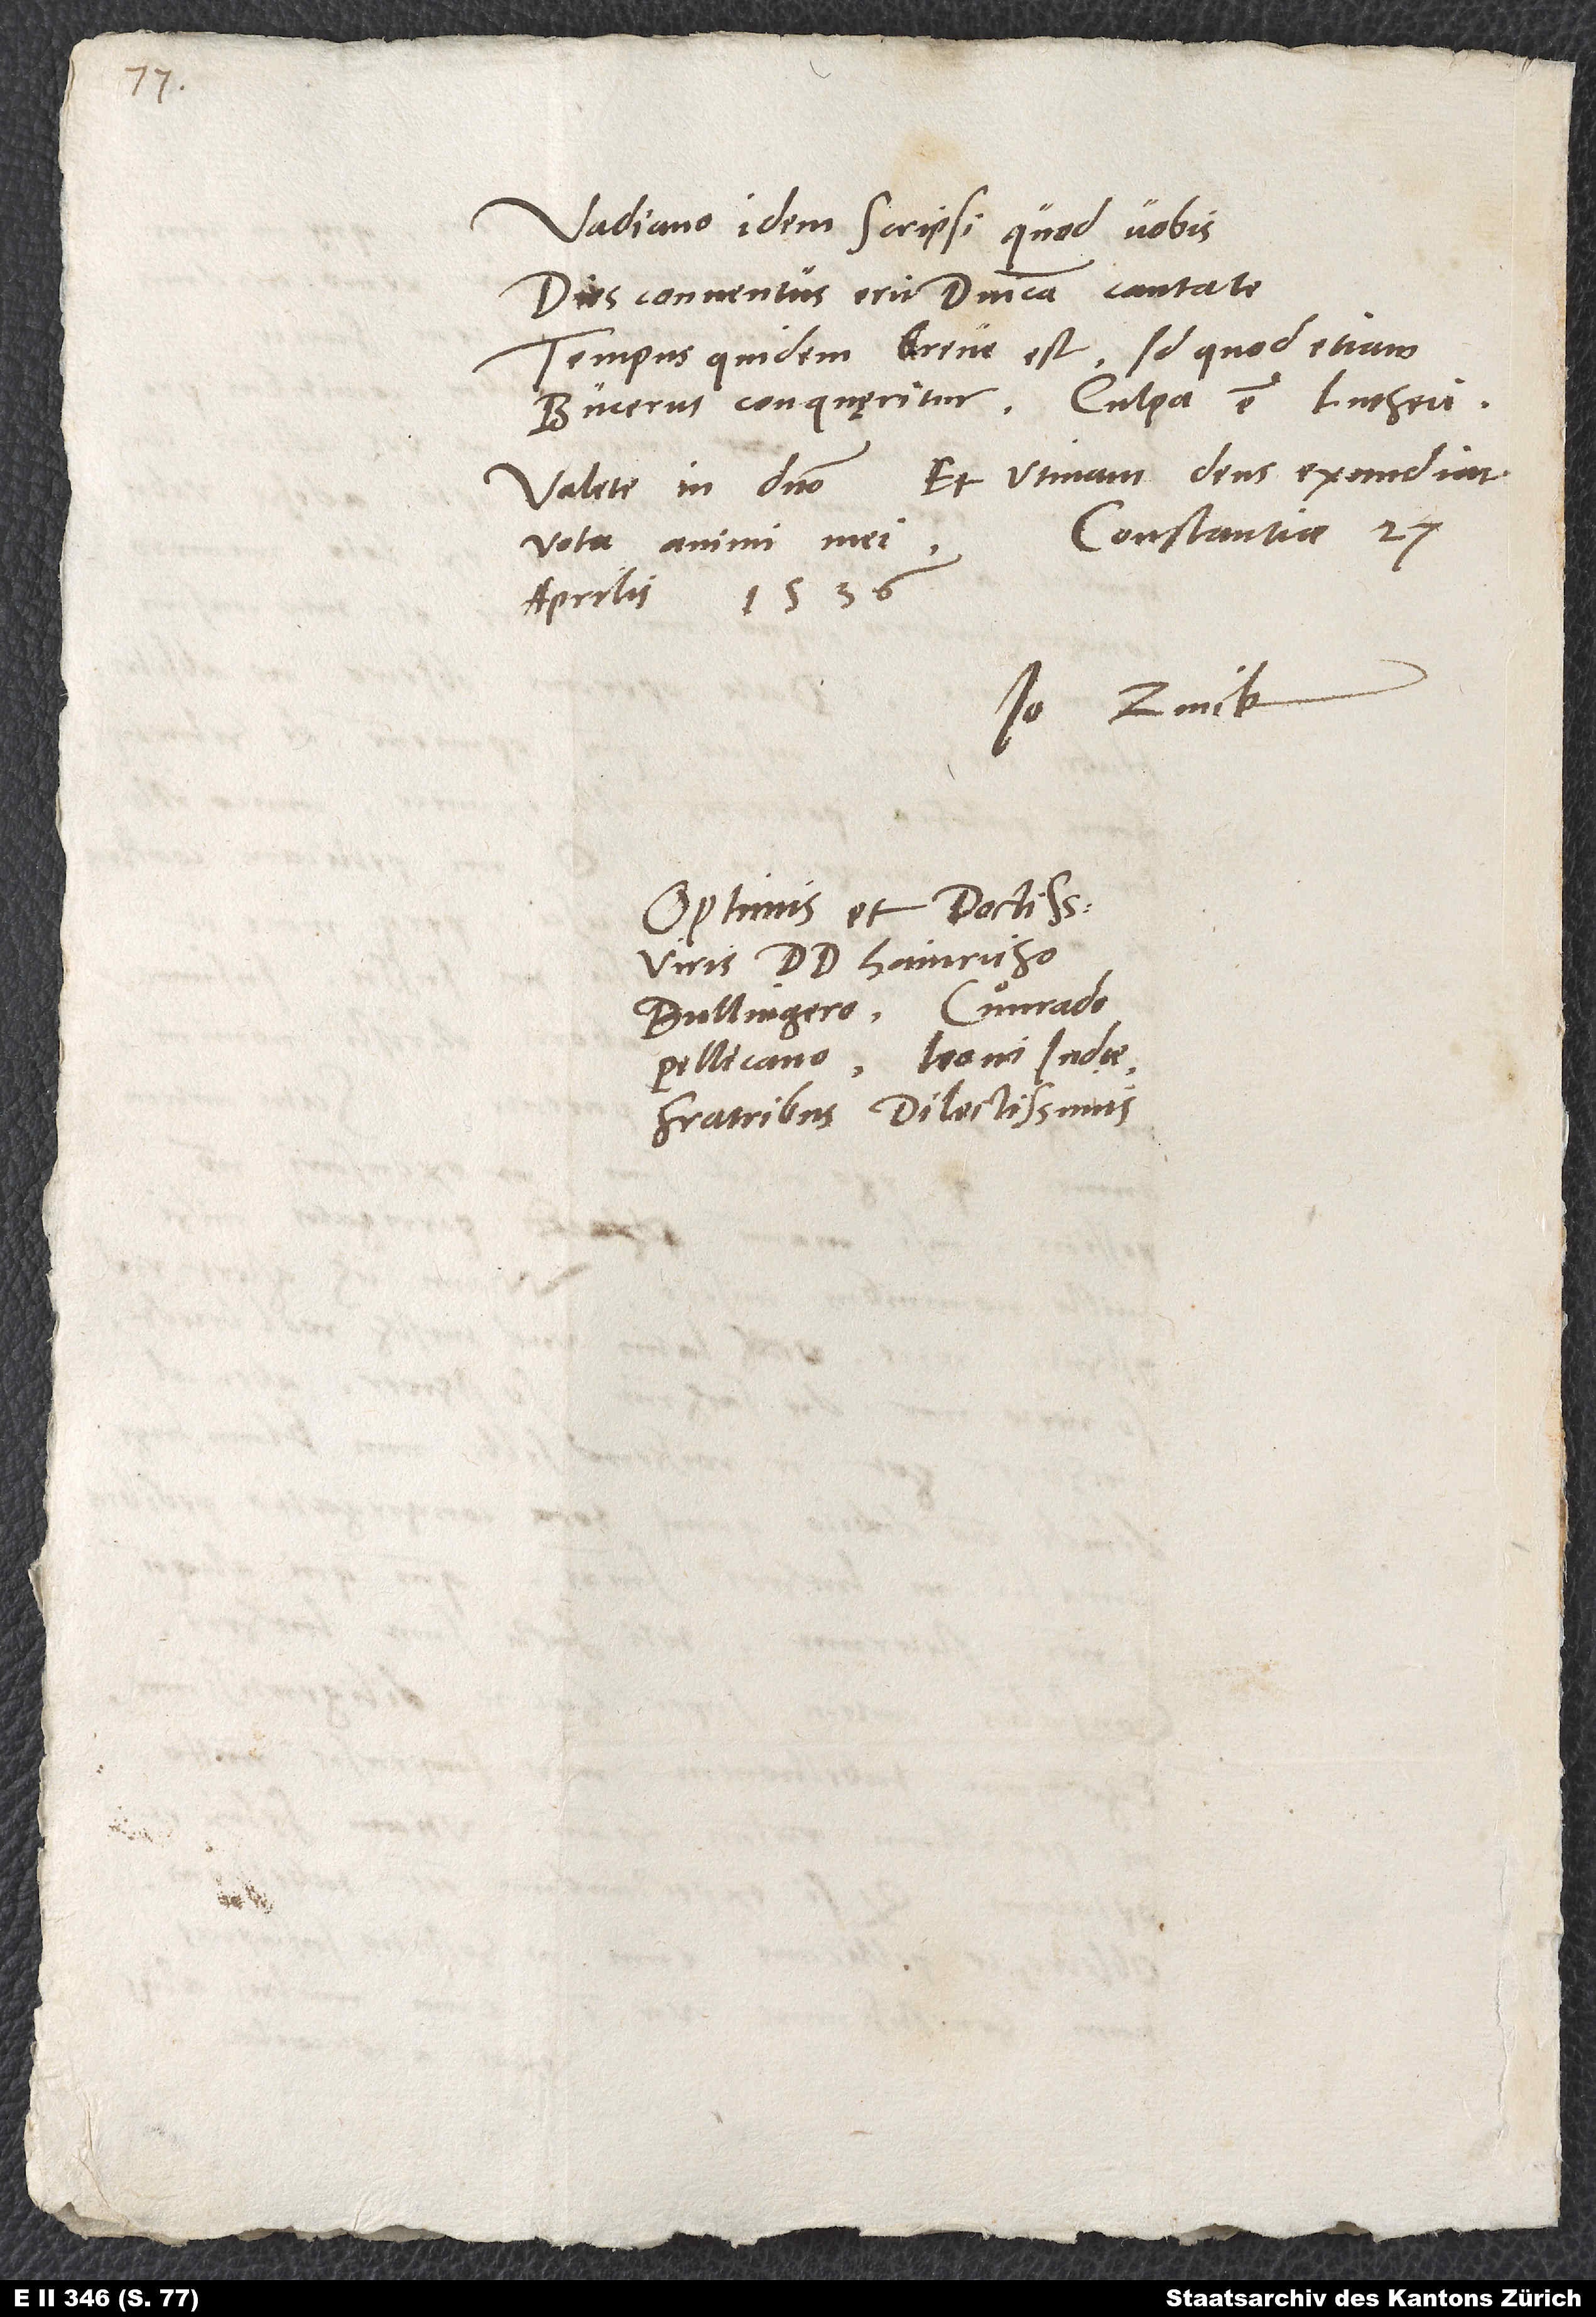
Vadiano idem scripsi, quod vobis.
Dies conventus erit dominica Cantate.
Tempus quidem breve est, id quod etiam
Bucerus conquęritur. Culpa est Lutheri.
Valete in domino. Et utinam deus exaudiat
april 1536.
Io. Zvick.
Optimis et doctissimis
viris d Hainricho
Bullingero, Cuͦnrado
Pellicano, Leoni Iudae,
fratribus dilectissimis.